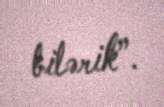
bilərik”.